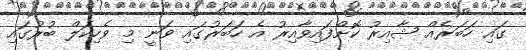
ގައި ހަބަރެއް ޝާއިރު ކޮށްފައިވާއިރު އެ ހަބަރުގައި ވަނީ މި ވެހިކަލް ބުރުގައި